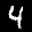
Label: 4